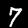
Label: 7